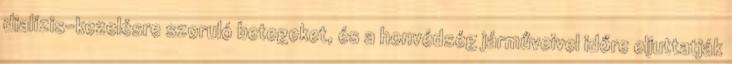
dialízis-kezelésre szoruló betegeket, és a honvédség járműveivel időre eljuttatják